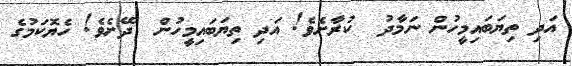
އަދި ތިޔަބައިމީހުން ނަމާދު  ކުރާށެވެ! އަދި ތިޔަބައިމީހުން  ދޭށެވެ! ހެޔޮކަމުގެ